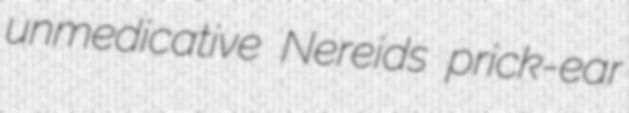
unmedicative Nereids prick-ear